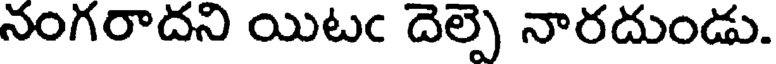
నంగరాదని యిటఁ దెల్పె నారదుండు.